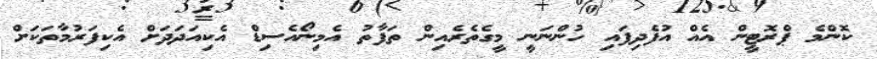
ކޮންމެ ޕްރޮޓީން އެއް އުފެދިފައި ހުންނަނީ މީގެތެރެއިން ތަފާތު އެމިނޯއެސިޑް އެކިއަދަދަށް އެކިފަރުމާތަކަށް